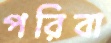
পরিবা